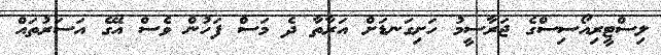
ލިސްޓީރިއޯސިސްގެ ޖަރާސީމު ހަށިގަނޑަށް އަރާތާ ދެ މަސް ފަހުން ވެސް އޭގެ އަސަރުތައް